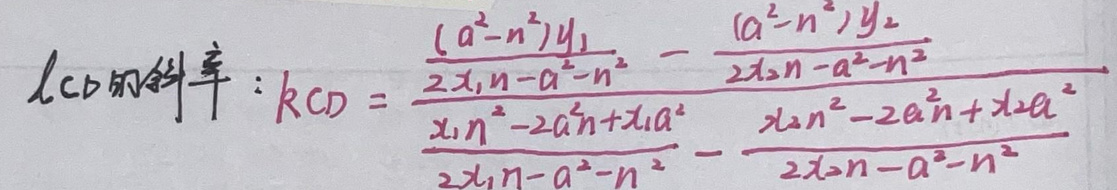
\[ k_{CD} = \frac{\frac{(a^2 - n^2)y_1}{2\lambda n - a^2 - n^2} - \frac{(a^2 - n^2)y_2}{2\lambda n - a^2 - n^2}}{\frac{\lambda n^2 - 2\lambda n^2 + \lambda a^2}{2\lambda n - a^2 - n^2} - \frac{\lambda n^2 - 2\lambda n^2 + \lambda a^2}{2\lambda n - a^2 - n^2}} \]